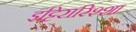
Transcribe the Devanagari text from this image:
इट्टिरारिश्शा